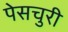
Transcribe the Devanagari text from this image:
पेसचुरी